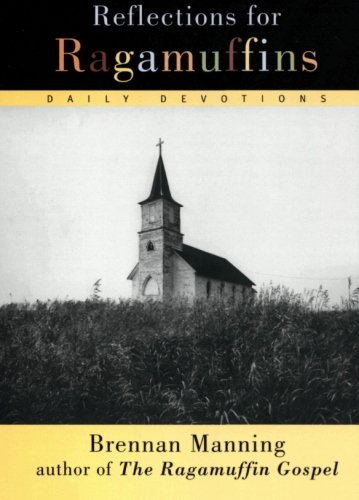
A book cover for Reflections for Ragamuffins: Daily Devotions from the Writings of Brennan Manning; Brennan Manning; Christian Books & Bibles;